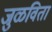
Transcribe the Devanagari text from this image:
जुळवितां